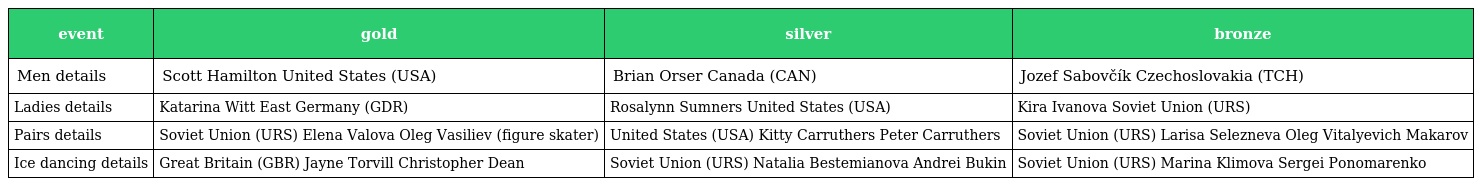
| event | gold | silver | bronze |
 | --- | --- | --- | --- |
 | Men details | Scott Hamilton United States (USA) | Brian Orser Canada (CAN) | Jozef Sabovčík Czechoslovakia (TCH) |
 | Ladies details | Katarina Witt East Germany (GDR) | Rosalynn Sumners United States (USA) | Kira Ivanova Soviet Union (URS) |
 | Pairs details | Soviet Union (URS) Elena Valova Oleg Vasiliev (figure skater) | United States (USA) Kitty Carruthers Peter Carruthers | Soviet Union (URS) Larisa Selezneva Oleg Vitalyevich Makarov |
 | Ice dancing details | Great Britain (GBR) Jayne Torvill Christopher Dean | Soviet Union (URS) Natalia Bestemianova Andrei Bukin | Soviet Union (URS) Marina Klimova Sergei Ponomarenko |